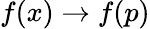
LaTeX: f(x)\to f(p)